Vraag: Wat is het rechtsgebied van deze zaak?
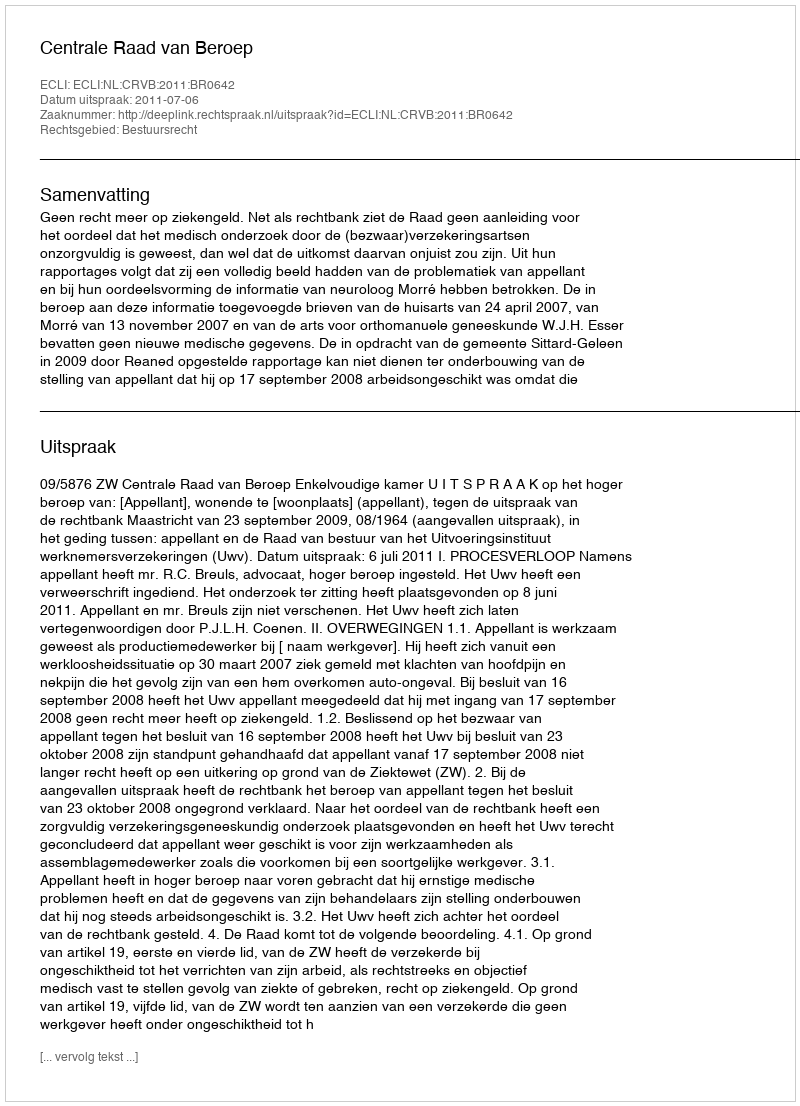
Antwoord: Bestuursrecht